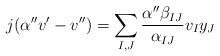
LaTeX: \begin{align*}j (\alpha'' v'-v'')=\sum_{I,J} \dfrac{\alpha''\beta_{IJ}}{\alpha_{IJ}} v_I y_J\end{align*}